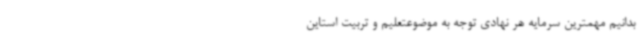
بدانیم مهمترین سرمایه هر نهادی توجه به موضوعتعلیم و تربیت استاین